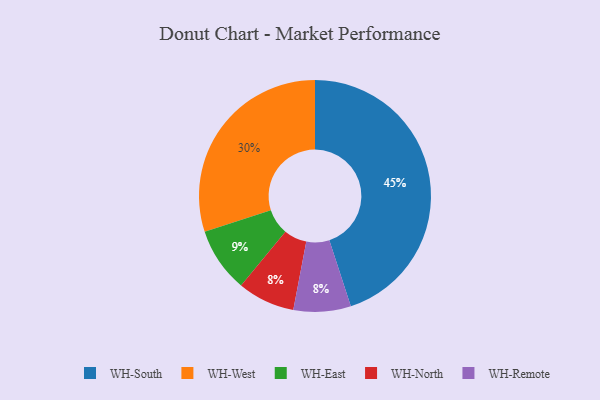
{"axis": {"x": "Category", "y": "Percentage"}, "legend": ["WH-East", "WH-North", "WH-Remote", "WH-South", "WH-West"], "data": [{"x": "WH-South", "y": 45, "type": "WH-South"}, {"x": "WH-West", "y": 30, "type": "WH-West"}, {"x": "WH-East", "y": 9, "type": "WH-East"}, {"x": "WH-North", "y": 8, "type": "WH-North"}, {"x": "WH-Remote", "y": 8, "type": "WH-Remote"}]}